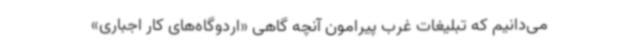
می‌دانیم که تبلیغات غرب پیرامون آنچه گاهی «اردوگاه‌های کار اجباری»